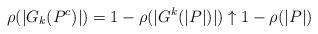
LaTeX: \begin{align*}\rho(|G_k(P^c)|) = 1 - \rho(|G^k(|P|)|) \uparrow 1 - \rho(|P|)\end{align*}